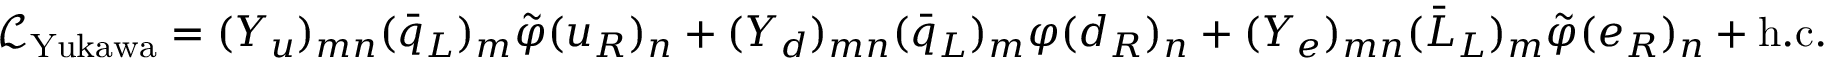
{ \mathcal { L } } _ { \mathrm { Y u k a w a } } = ( Y _ { u } ) _ { m n } ( { \bar { q } } _ { L } ) _ { m } { \tilde { \varphi } } ( u _ { R } ) _ { n } + ( Y _ { d } ) _ { m n } ( { \bar { q } } _ { L } ) _ { m } \varphi ( d _ { R } ) _ { n } + ( Y _ { e } ) _ { m n } ( { \bar { L } } _ { L } ) _ { m } { \tilde { \varphi } } ( e _ { R } ) _ { n } + \mathrm { h . c . }